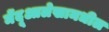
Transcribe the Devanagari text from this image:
मेंदूआलेखामधील